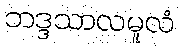
ဘဒ္ဒသာလမူလံ